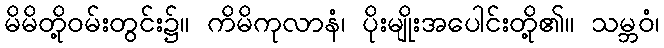
မိမိတို့ဝမ်းတွင်း၌။ ကိမိကုလာနံ၊ ပိုးမျိုးအပေါင်းတို့၏။ သမ္ဘဝံ၊